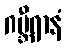
ဂမ္ဘီရာနံ